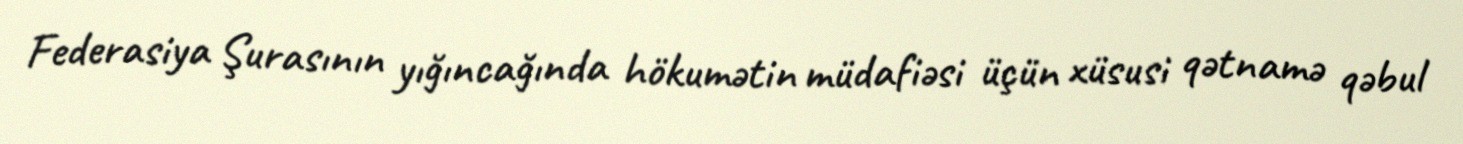
Federasiya Şurasının yığıncağında hökumətin müdafiəsi üçün xüsusi qətnamə qəbul